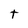
Character: t